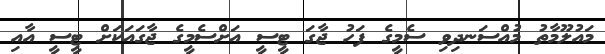
މައުލޫމާތު މުއްސަނދިވި ސެމީގެ ފަހު ޖާގަ ޓީސީ އަށްސެމީގެ ޖާގައަކަށް ޓީސީ އާއި